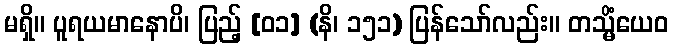
မရှိ။ ပူရယမာနောပိ၊ ပြည့် [၀၁] (နိ၊ ၁၅၁) ပြန်သော်လည်း။ တသ္မိံယေဝ